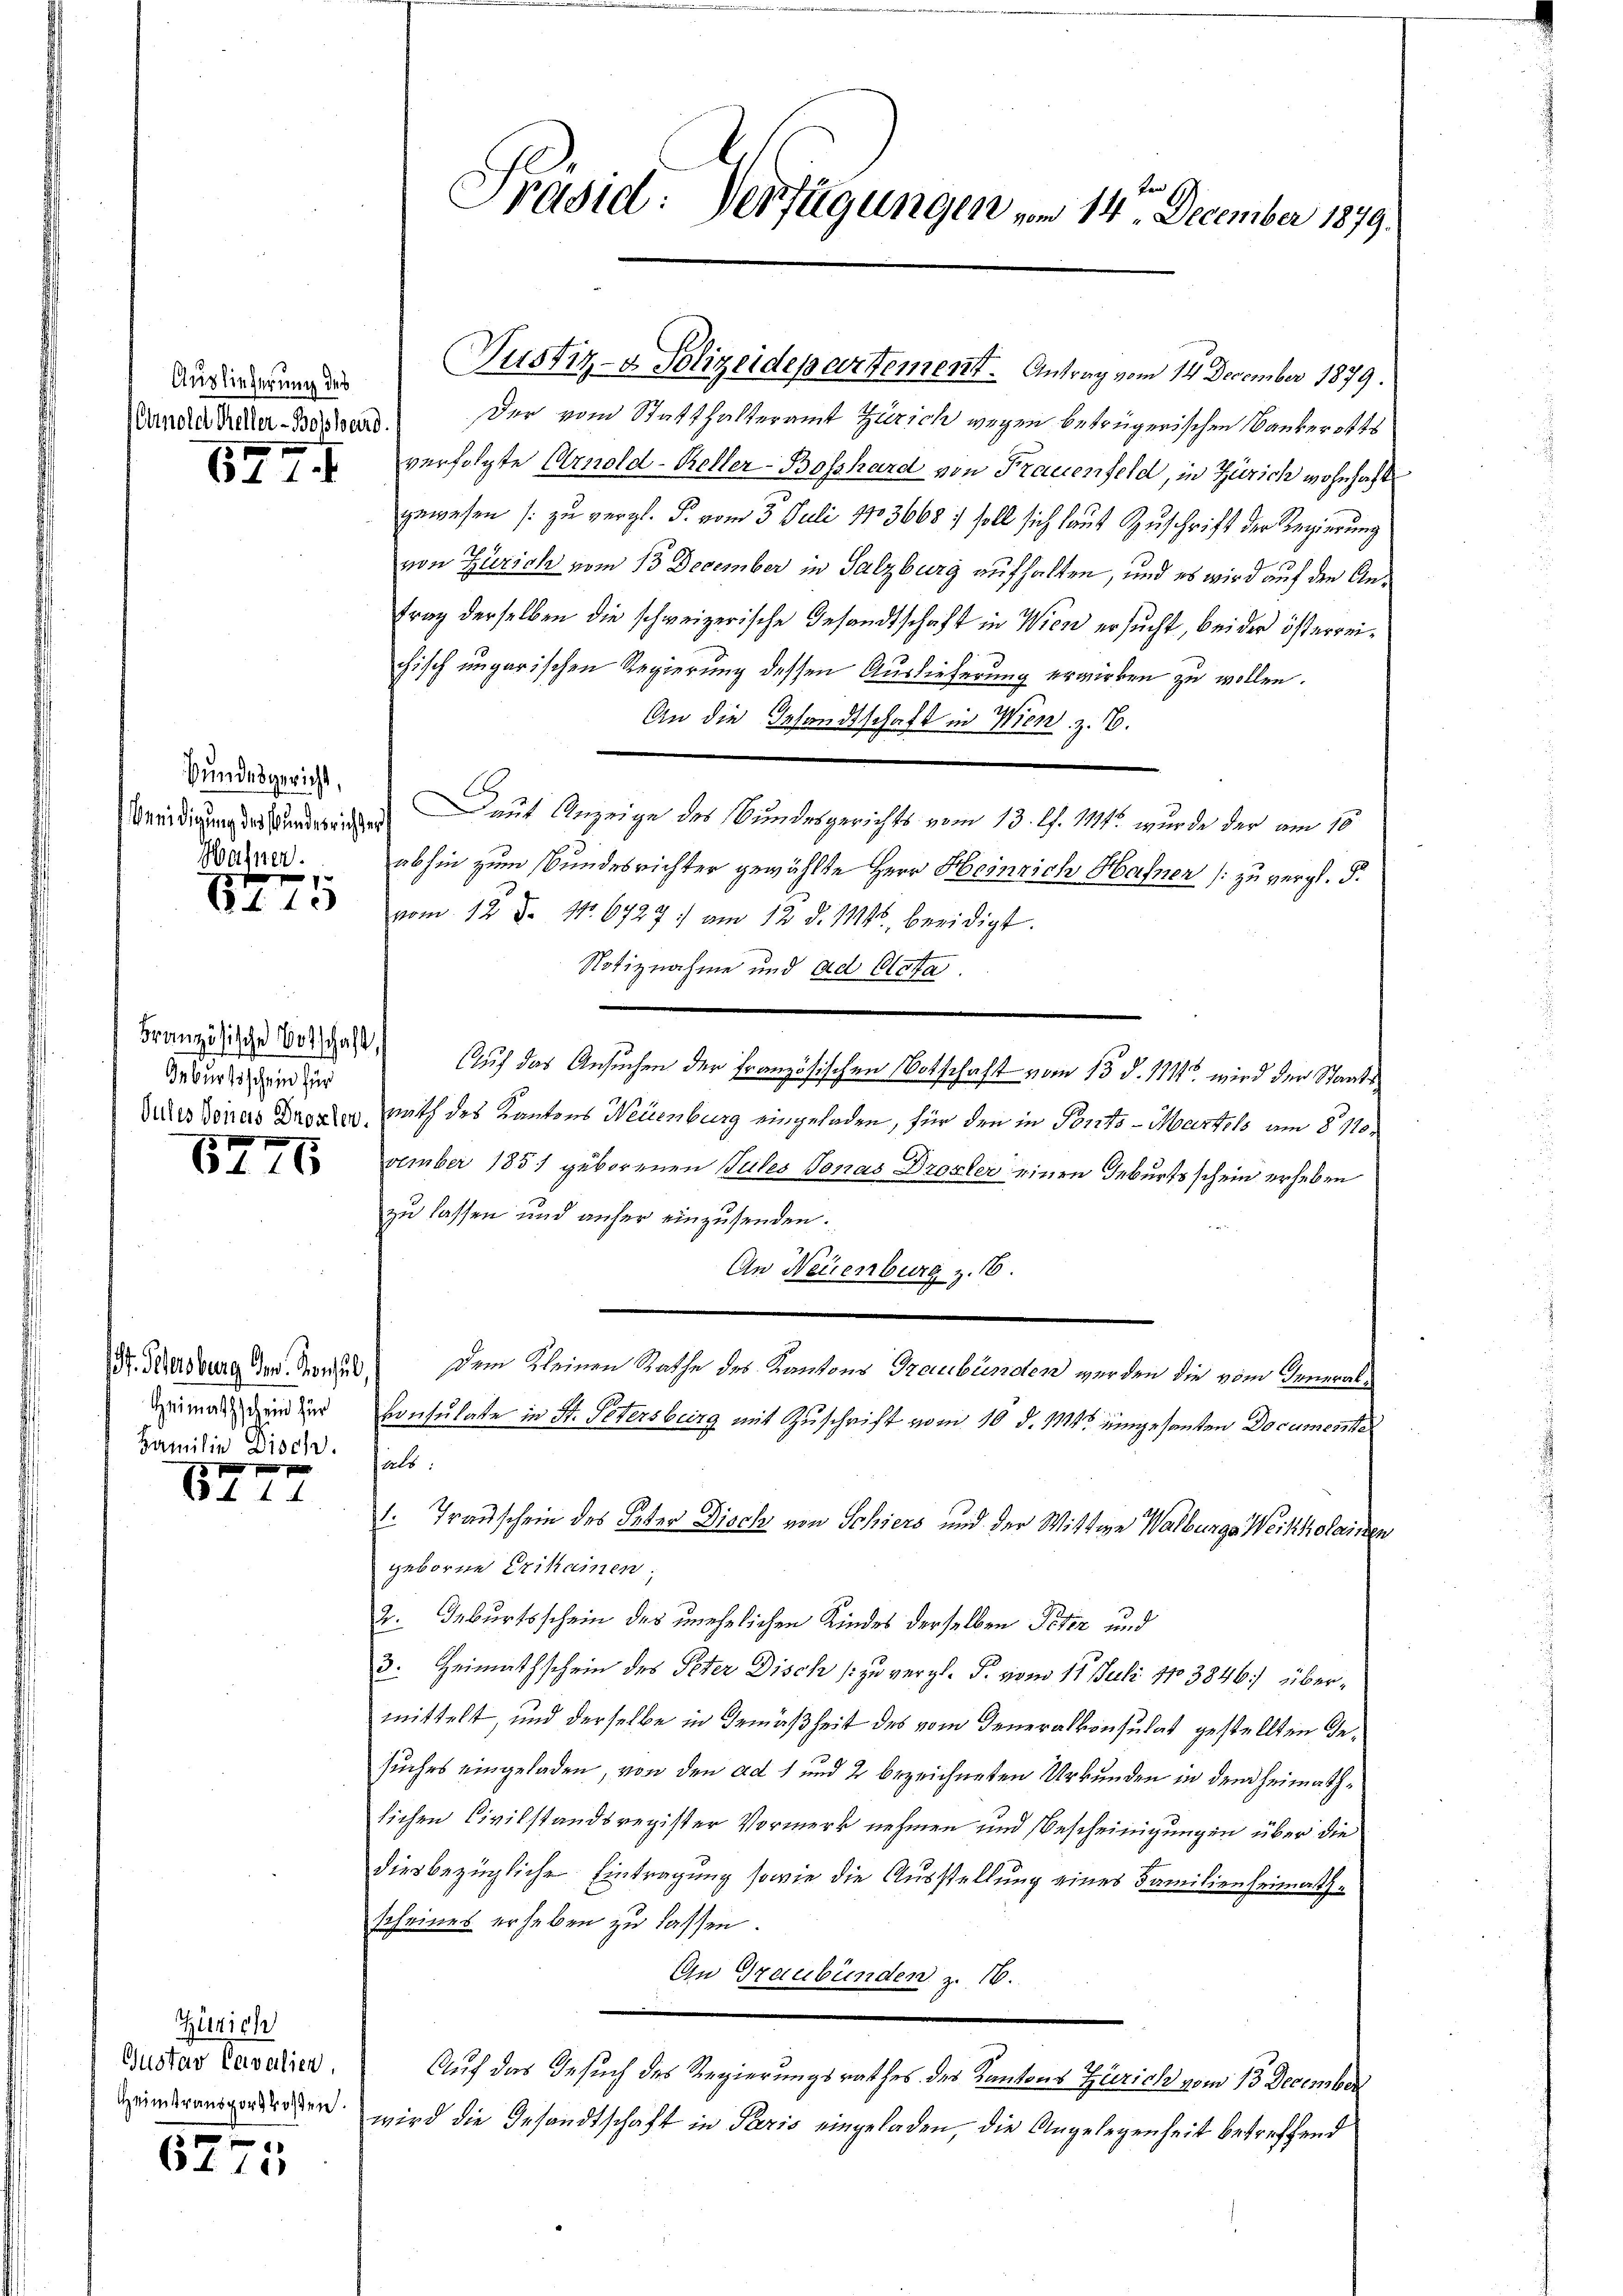
Auslieferung des

Bundesgericht,
Wasner.

Geburtsschein für

6775

f 14

Zürich
Gustav Cavalien
Heimtransportkosten.

6275

577.

6413

Familie Disch. Halt.
18 f

Präsid. Verfügungen vom 14te December 1879.

Mandatriker-Boßhard. Der vom Statthalteramt Zürich wegen betrügerischen Bankerotts
verfolgte Arnold-Keller-Bosshard von Frauenfeld, in Zürich wohnhafte
gewesen (zu vergl. P. vom 3. Juli 1803668, soll sich laut Zuschrift der Regierung
von Zürich vom 13 December in Salzburg aufhalten, und es wird auf den Antrag derselben die schweizerische Gesandtschaft in Wien ersucht, bei der österreichisch ungarischen Regierung dessen Auslieferung erwirken zu wollen.
An die Gesandtschaft in Wien, z. B.
1
edigung dere aut Anzeige des Bundesgerichts vom 13. l. 1121 wurde der am 10
abhin zum Bundesrichter gewählte Herr Heinrich Hahnen (: zu vergl. P.
vom 12. d. No. 6727: am 12. d. 1114. beeidigt.
Notiznahme und ad Clota
Franz in des Gast. Auch das Ansuchen der Französischen Notschaft vom 15. d. 11442 wird der Staats¬
Dies donnes Drozier nath des Kantons Neuenburg eingeladen, für den in Ponto- Martels am 8. 110
vember 1851 geborenen Pules Jonas Drozler einen Geburtsschein erheben
zu lassen und anher einzusenden.
An Neuenburg z. 16.
St. Mersburg der Sowa dem Kleinen Rathe des Kantons Graubünden werden die vom Verwalemann den zur Consulate in St. Petersburg mit Zuschrift vom 16. d. 114. eingesanten Documente
1. Trauschein des Peter Disch von Schiers und der Wittwe Walburgs Weikkolainen
geborne Erikamen;
2. Geburtsschein des unehelichen Kindes derselben Peter und
3. Heimathschein des Peter Disch zu vergl. P. vom 11. Juli 173846) übermittelt, und derselbe in Gemäßheit des vom Generalkonsulat gestellten Desuches eingeladen, von den ad 1 und 2 bezeichneten Urkunden in dem Heimathlichen Civilstandsregister Vormerk nehmen und Bescheinigungen über die
diesbezügliche Eintragung sowie die Ausstellung eines Familienheimathscheines erheben zu lassen.
An Graubünden z. 16.
Auf das Gesuch des Regierungsrathes des Kantons Zürich vom 13 December
wird die Gesandtschaft in Paris eingeladen, die Angelegenheit betreffend

Justiz- & Polizeidepartement. Antrag vom 14. December 1879.